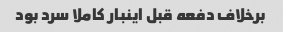
برخلاف دفعه قبل اینبار کاملا سرد بود